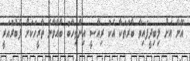
އޭނާ އަށް ލިބިދީފައިވާ ބާރުތަކާ އެކު ރިއާސީ އިންތިހާބު ބާއްވާނެ ތާރީހަކަށް ފެބްރުއަރީ